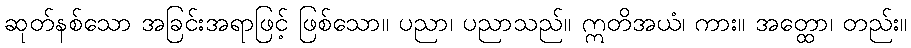
ဆုတ်နစ်သော အခြင်းအရာဖြင့် ဖြစ်သော။ ပညာ၊ ပညာသည်။ ဣတိအယံ၊ ကား။ အတ္ထော၊ တည်း။